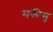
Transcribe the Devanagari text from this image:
मकीसू